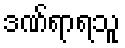
ဒဏ်ရာရသူ